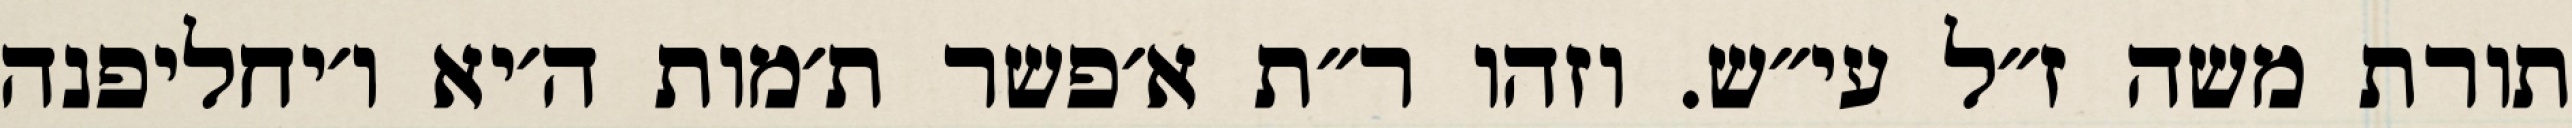
תורת משה ז״ל עי״ש. וזהו ר״ת א׳פשר ת׳מות ה׳יא ו׳יחליפנה